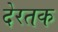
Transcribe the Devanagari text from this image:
देरतक